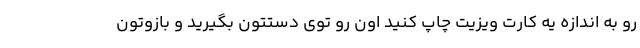
رو به اندازه یه کارت ویزیت چاپ کنید اون رو توی دستتون بگیرید و بازوتون